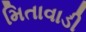
મિતાવાડી